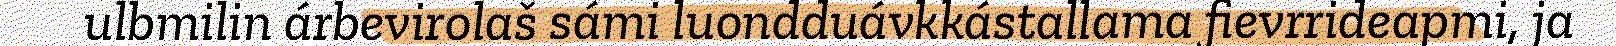
ulbmilin árbevirolaš sámi luondduávkkástallama fievrrideapmi, ja